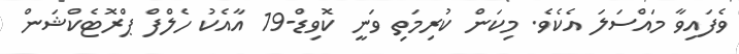
ވެފައިވާ މައްސަލަ އެކެވެ. މިކަން ކުރިމަތި ވަނީ ކޮވިޑް-19 އާއެކު ހެލްފް ޕްރޮޓެކްޝަން